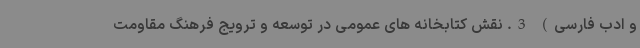
و ادب فارسی) 3. نقش کتابخانه های عمومی در توسعه و ترویج فرهنگ مقاومت